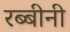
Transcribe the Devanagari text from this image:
रब्बीनी